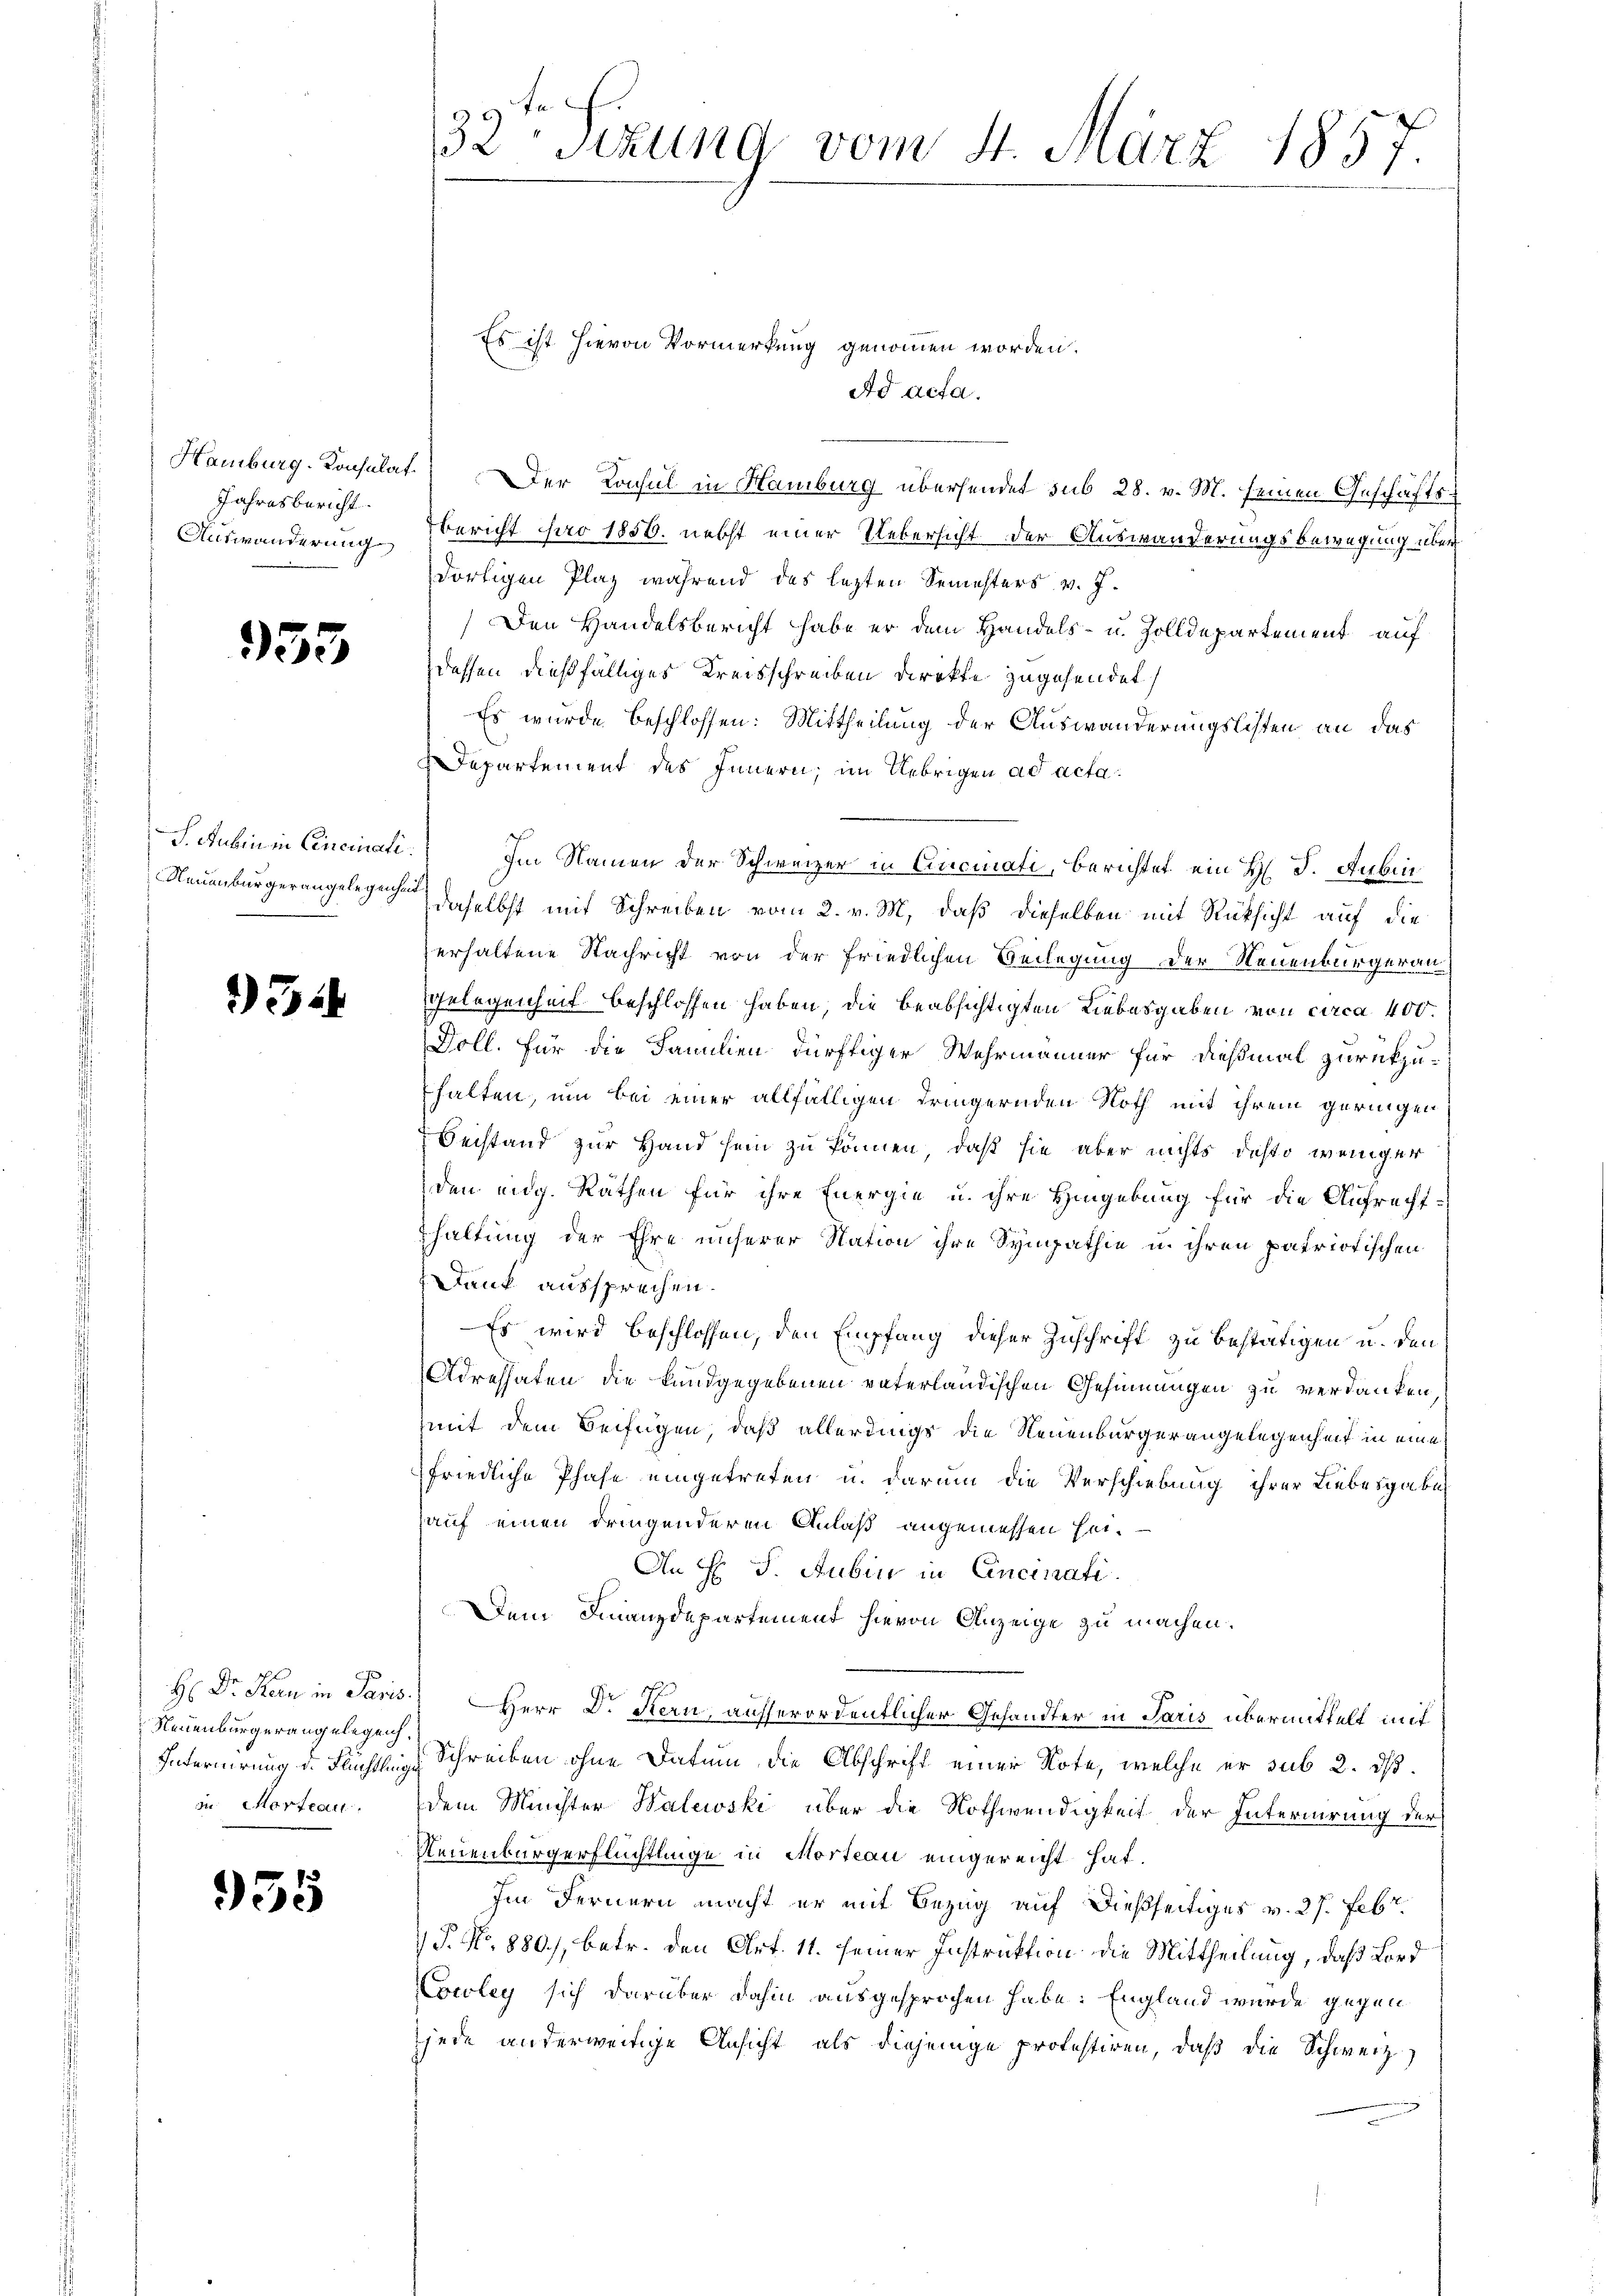
Jahresbericht.
Auswanderung

955

S. Aubin in Cincinati

2).

Neuenburgerangelegen.

935

32te Sitzung vom 4. März 1857.

Es ist hievon Vormerkung genommen worden.
Ad acta.
Hamburg. Konsulat. Der Konsul in Hamburg übersendet sub 28. v. M. seinen Geschäfts¬
Bericht pro 1856. nebst einer Uebersicht der Auswanderungsbewegung über
dortigen Plaz während das lezten Semesters v. J.
Den Handelsbericht habe er dem Handels- u. Zolldepartement auf
dessen dießfälliges Kreisschreiben direkte zugehendet
Es wurde beschlossen: Mittheilung der Auswanderungslisten an das
Departement des Innern, im Uebrigen ad acta.
Im Namen der Schweizer in Cincinati, berichtet ein H. J. Rubin
Neuenburgerangelegen daselbst mit Schreiben vom 2. v. M. daß dieselben mit Rücksicht auf die
erhaltene Nachricht von der Friedlichen Beilegung der Neuenburgeraus
Gelegenheit beschlossen haben, die beabsichtigten Liebesgaben von circa 400.
Doll. Für die Familien dürftiger Wehrmänner für dießmal zurückzuhalten, um bei einer allfälligen dringernden Noth mit ihrem geringen
Beistand zur Hand sein zu können, daß sie aber nichts desto weniger
den eng. Räthen für ihre Energie u. ihre Hingebung für die Aufrecht-
haltung der Ehre unserer Nation ihre Sympathie u. ihren patriotischen
Dank aussprechen.
Es wird beschlossen, den Empfang dieser Zuschrift zu bestätigen u. den
Adressaten die Kundgegebenen vaterländischen Gesinnungen zu verdanken,
mit dem Beifügen, daß allerdings die Neuenburgerangelegenheit in eine
friedliche Phase eingetreten u. darum die Verschiebung ihrer Liebesgabe
auf einen dringenderen Anlaß angemessen sei.
An F. J. Rubin in Cincinati
Dem Finanzdepartement hievon Anzeige zu machen.
H. Dr. Stern in Paris, Herr Dr. Kern, ausserordentlicher Gehandter in Paris übermittelt mit
Internirung d. Flüchtlinge Schreiben ohne Datum die Abschrift einer Note, welche er sub 2. ds.
in Morteau. dem Müchter Walewski über die Nothwendigkeit der Internirung der
Neuenburgerflüchtlinge in Morteau eingereicht hat.
Im Fernern macht er mit Bezug auf dießseitiges v. 27. Febr.
7 J. No. 880), betr. den Art. 11. seiner Instruktion die Mittheilung, daß Lord
Cowley sich darüber dahin ausgesprochen habe: England wurde gegen
jede anderweitige Ansicht als diejenige protestiren, daß die Schweiz